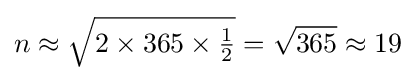
n\approx {\sqrt {2\times 365\times {\tfrac {1}{2}}}}={\sqrt {365}}\approx 19